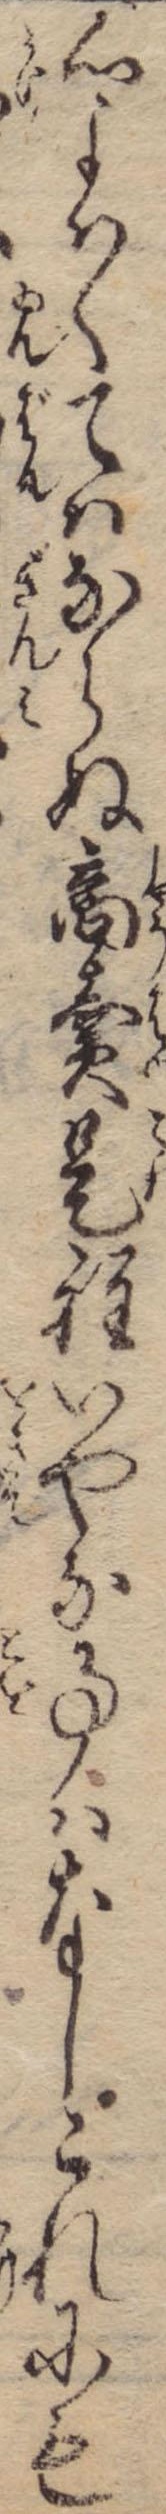
心よはくてはならぬ商売是程いやな事はなしこれにも